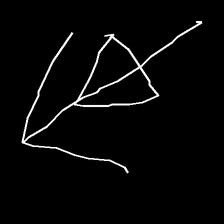
Glyph: pull